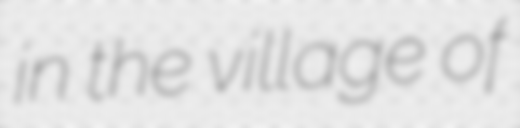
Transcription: in the village of